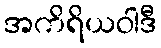
အကိရိယဝါဒီ